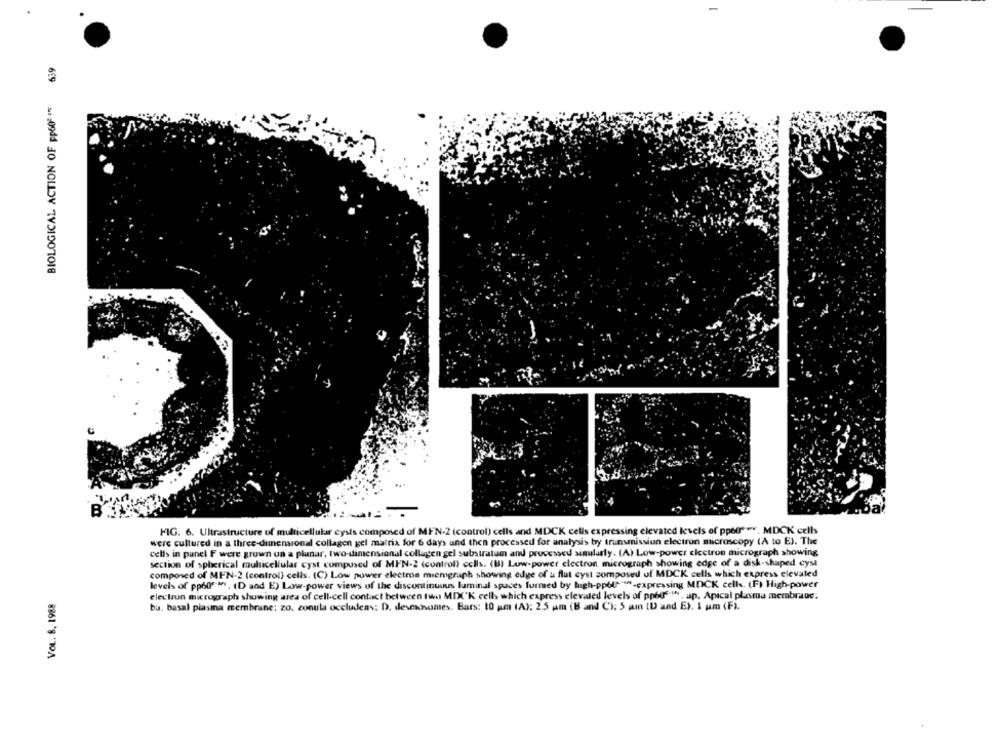
699
BIOLOGICAL ACTION OF PP60 ***
B
FIG. 6. Ultrastructure of multicellular cysts composed of MFN-2 (control) cells and MDCK cells expressing elevated levels of ppetr* **. MDCK cells
were cultured in a three-dimensional collagen gel matrix for 6 days and then processed for analysis by transmission electron microscopy (A to E). The
cells in panel F were grown un a planar, two-dimensional collagen gel substratum and processed simularly. (A) Low-power electron micrograph showing
section of spherical multicellular cyst composed of MEN-2 (control) cells. (BI Low-power electron micrograph showing edge of a disk-shaped cyst
composed of MEN-2 (control) cells. (C) Low power electros miemgraph showing edge of a flat cyst composed of MDCK cells which express elevated
levels of pp6of an. (D and E) Low-power views of the discontinuous luminal spaces formed by high-ppola-expressing MDCK cells. (F) High-power
VOL. 8. 1988
electron micrograph showing area of cell-cell contact between two MIXC'K cells which express elevated levels of pods I , ap, Apical plasma membrane.
bu. basal plasma membrane: zo, zonula occludens: D. desmosomes. Bars: 10 pm (A): 2.5 am (B and C): 5 am (D and E). I um (F).